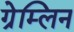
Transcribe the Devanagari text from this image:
ग्रेम्लिन